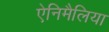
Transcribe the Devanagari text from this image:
ऐनिमैलिया